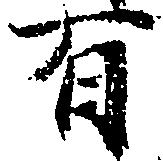
有